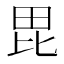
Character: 毘